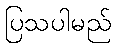
ပြသပါမည်